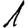
Digit: 1